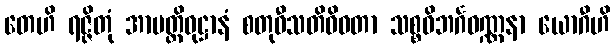
တေဟိ ရဇ္ဇိတုံ အာပတ္တိဝုဋ္ဌာနံ စတုဝီသတိဝိဓတာ သစ္စဝိဘင်္ဂဝဏ္ဏနာ ယောဂီဟိ